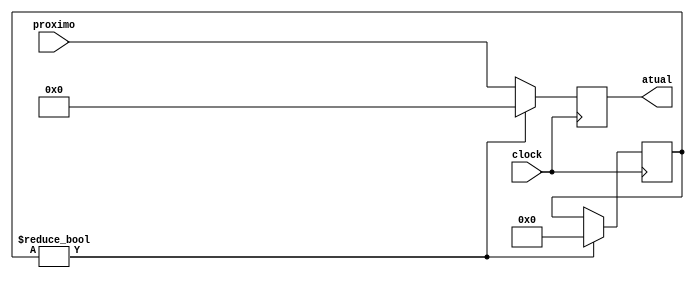
module pc
#(parameter DATA_WIDTH=32, parameter ADDR_WIDTH=6)	
	(
	output reg [2**ADDR_WIDTH - 1:0] atual,
	input [2**ADDR_WIDTH - 1:0] proximo,
	input clock);
	
	integer primeiroClock = 1;
	
	always @ (negedge clock) 
	begin
		
		/* Pular o primeiro clock para carregar instrucoes */
		if(primeiroClock) 
		begin
			
			primeiroClock = 0;
			atual = 0;
			
		end
		else atual = proximo;
		
	end
	
endmodule